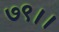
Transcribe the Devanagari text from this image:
७९।।